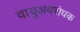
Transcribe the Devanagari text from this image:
वायुअवरोधक